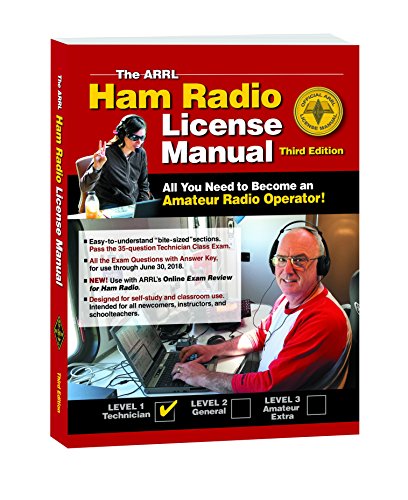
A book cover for The ARRL Ham Radio License Manual; ARRL Inc.; Humor & Entertainment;